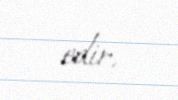
edir.